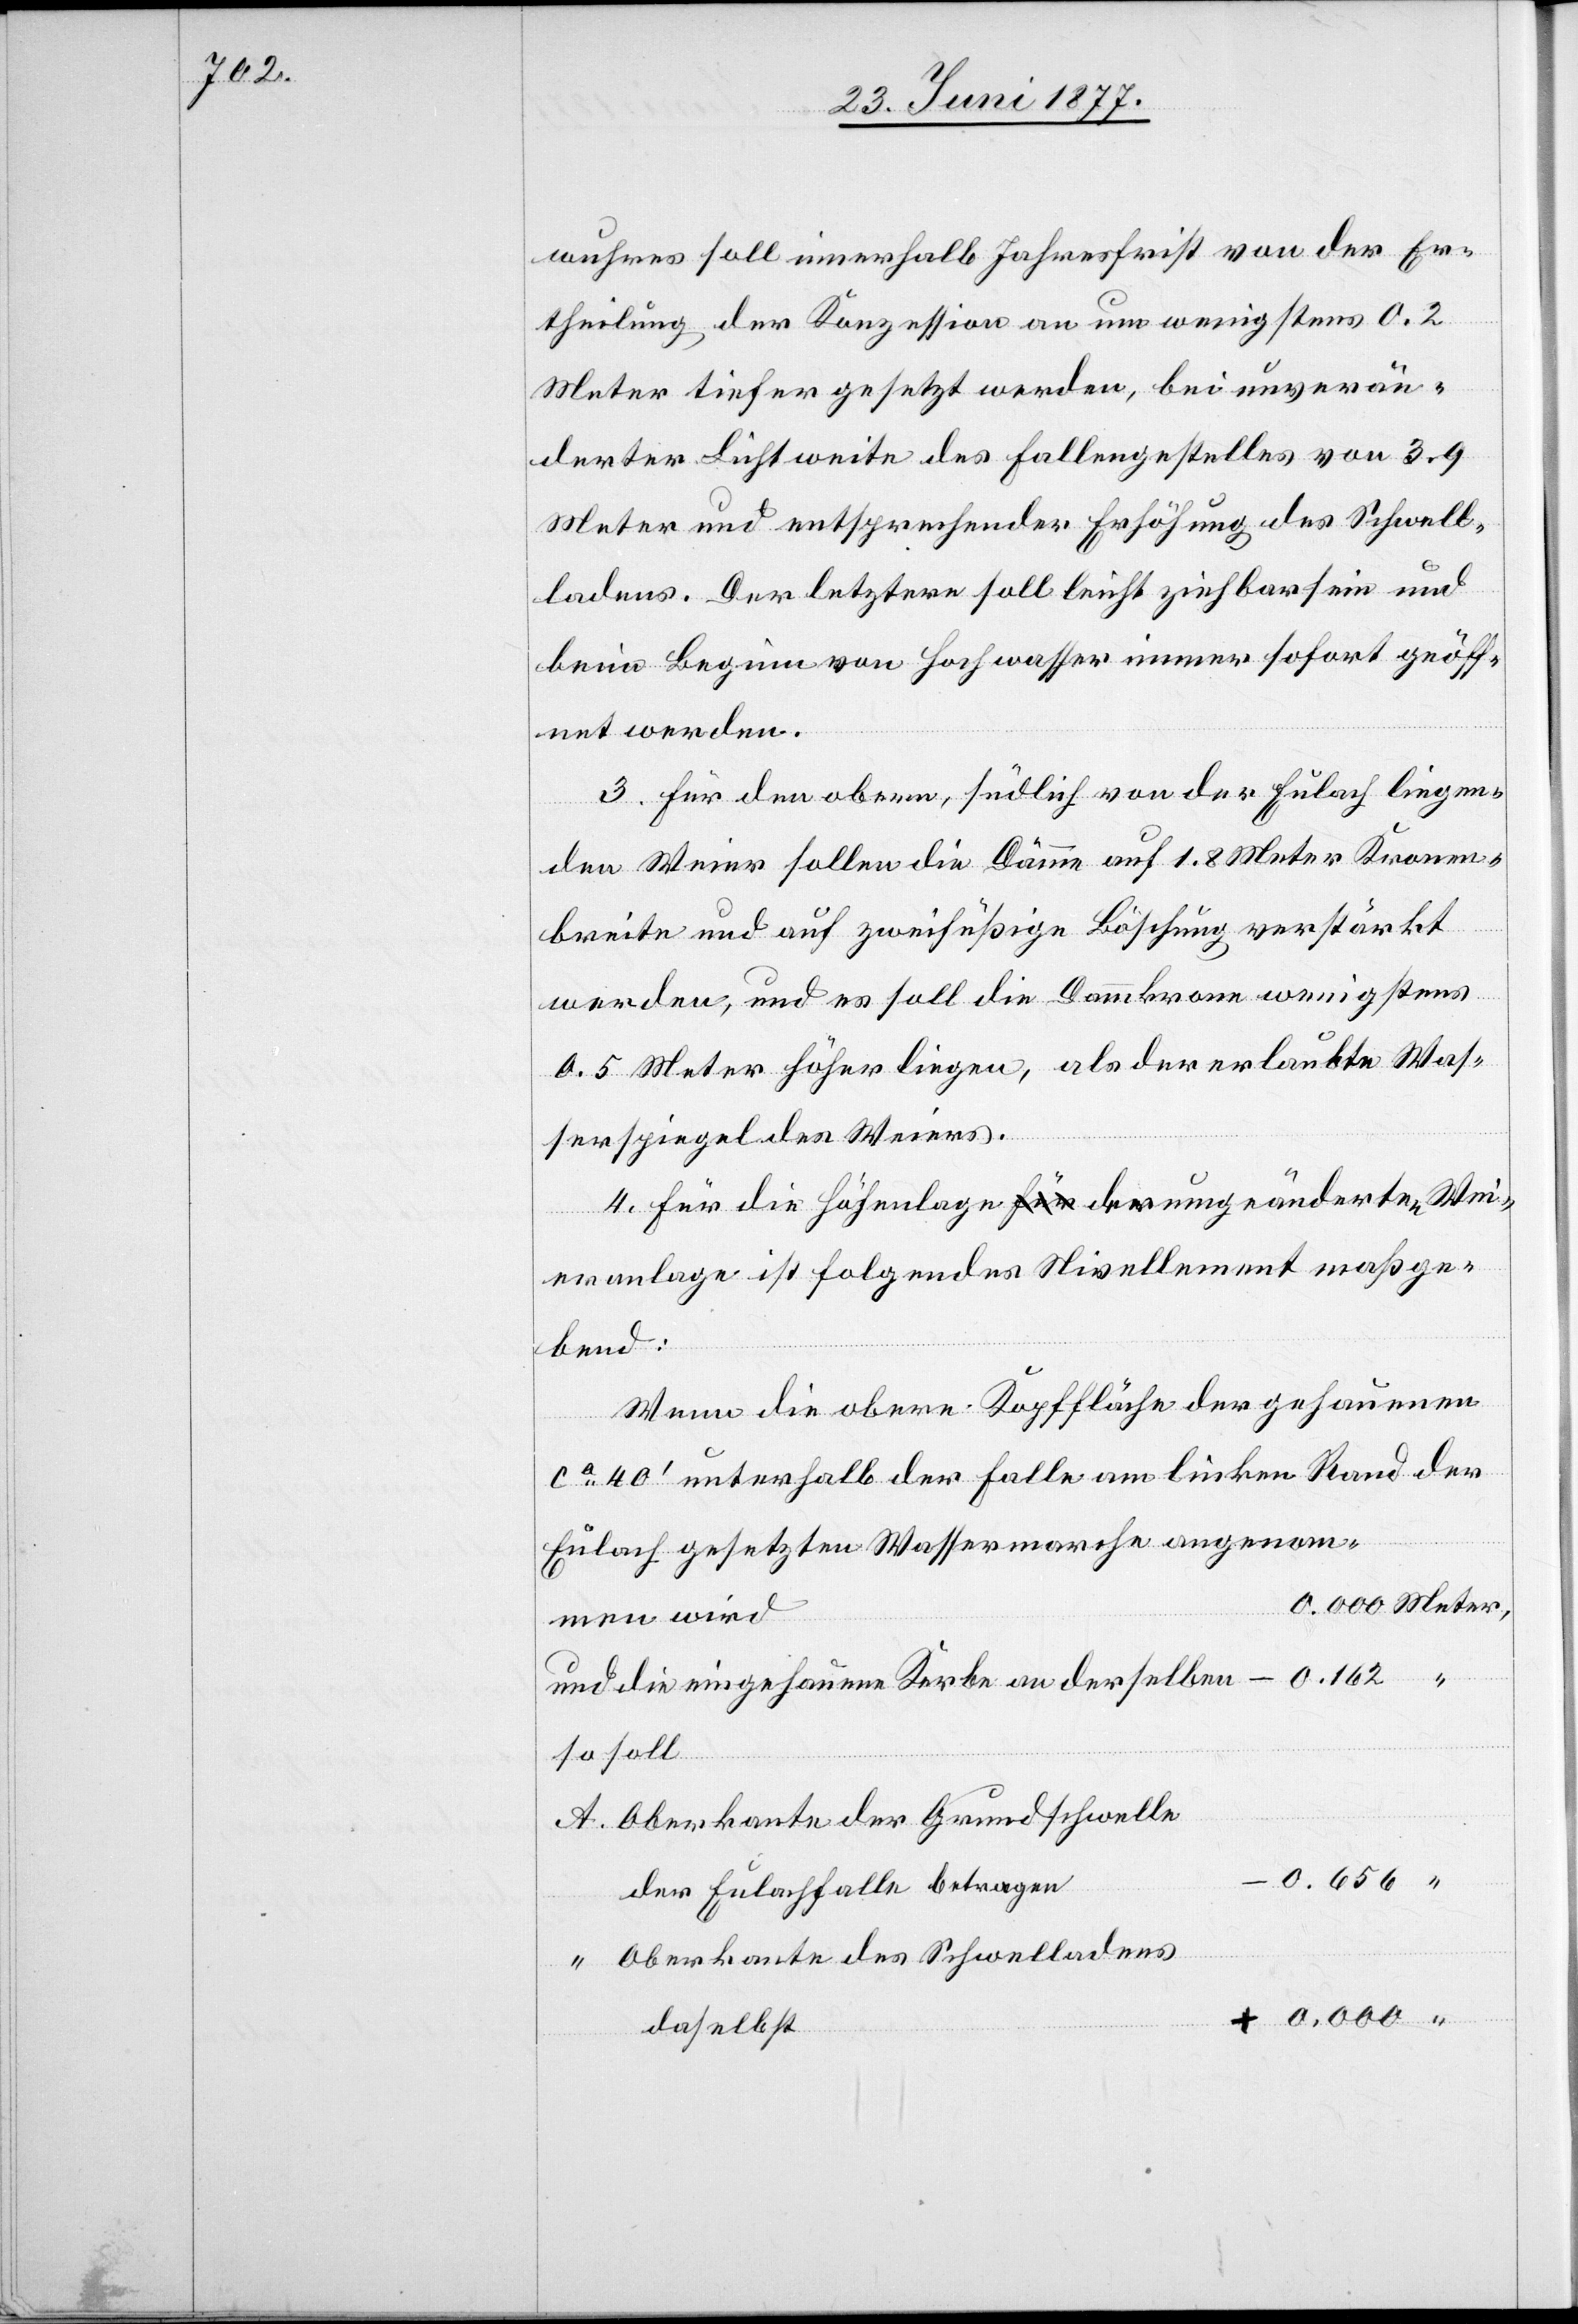
wuhres soll innerhalb Jahresfrist von der Er¬
theilung der Konzession an um wenigstens 0.2
Meter tiefer gesetzt werden, bei unverän¬
derter Lichtweite des Fallengestelles von 3.9
Meter und entsprechender Erhöhung des Schwell¬
ladens. Der letztere soll leicht ziehbar sei und
beim Beginn von Hochwasser immer sofort geöff¬
net werden.
3. Für den obern, südlich von der Eulach liegen¬
den Weier sollen die Dämme auf 1.8 Meter Kronen¬
breite und auf zweifüßige Böschung verstärkt
werden, und es soll die Dammkrone wenigstens
0.5 Meter höher liegen, als der erlaubte Was¬
serspiegel des Weiers.
4. Für die Höhenlage der umgeänderten Wei¬
eranlage ist folgendes Nivellement maßge¬
bend:
Wenn die obere Kopffläche der gehauenen
ca 40’ unterhalb der Falle am linken Rand der
Eulach gesetzten Wassermache angenom¬
men wird
und die eingehauene Kerbe an derselben
so soll
Oberkante der Grundschwelle
der Eulachfalle betragen
Oberkannte des Schwelladens
daselbst